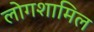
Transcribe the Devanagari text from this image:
लोगशामिल